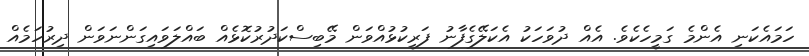
ހަމައެކަނި އެންމެ ގަމީހެކެވެ. އެއް ދުވަހަކު އެކަލޭގެފާނު ފަރީކުޅުއްވަން މޭބިސްކަދުރުކޮޅެއް ބައްލަވައިގަންނަވަން ދިރުހަމެއް